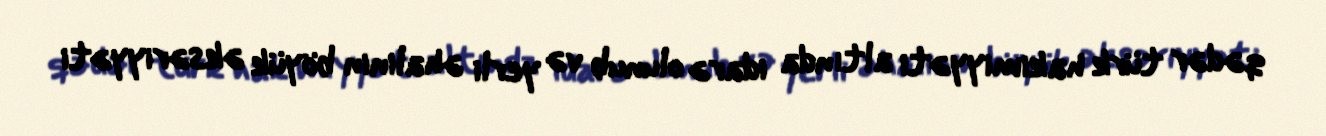
qədər türk hakimiyyəti altında idarə olunub və yerli əhalinin böyük əksəriyyəti